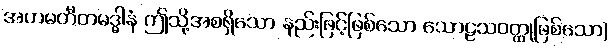
အဟမတီတမဒ္ဓါနံ ဤသို့အစရှိသော နည်းဖြင့်ဖြစ်သော သောဠသဝတ္ထုဖြစ်သော)